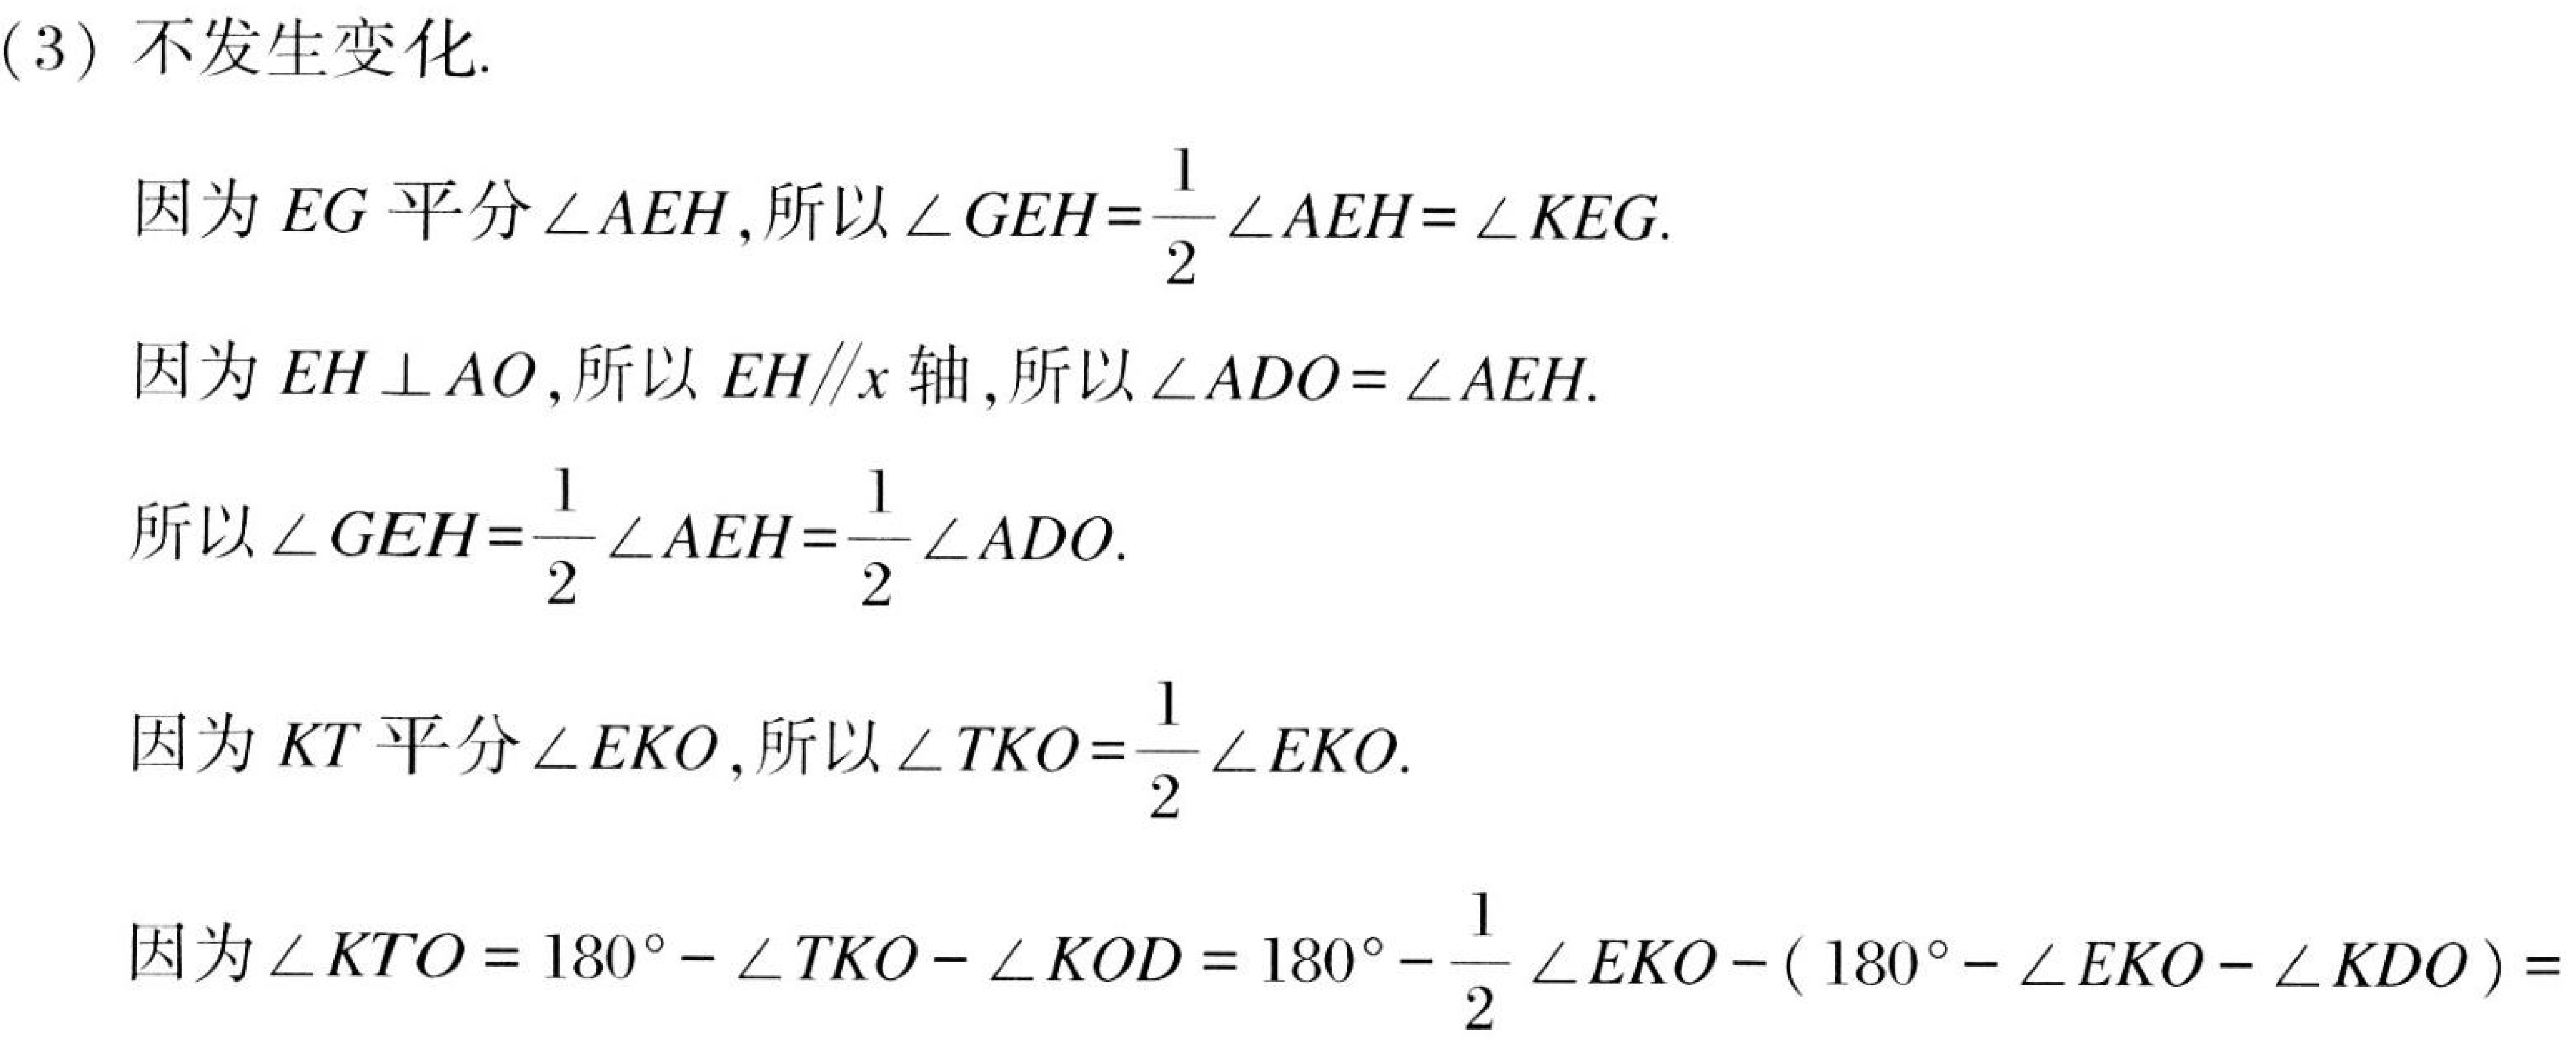
(3) 不发生变化.
因为 \(EG\) 平分 \(\angle AEH\), 所以 \(\angle GEH=\frac{1}{2}\angle AEH=\angle KEG\).
因为 \(EH\perp AO\), 所以 \(EH\parallel x\) 轴, 所以 \(\angle ADO=\angle AEH\).
所以 \(\angle GEH=\frac{1}{2}\angle AEH=\frac{1}{2}\angle ADO\).
因为 \(KT\) 平分 \(\angle EKO\), 所以 \(\angle TKO=\frac{1}{2}\angle EKO\).
因为 \(\angle KTO = 180^{\circ}-\angle TKO-\angle KOD = 180^{\circ}-\frac{1}{2}\angle EKO-(180^{\circ}-\angle EKO-\angle KDO)=\)